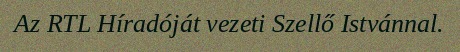
Az RTL Híradóját vezeti Szellő Istvánnal.